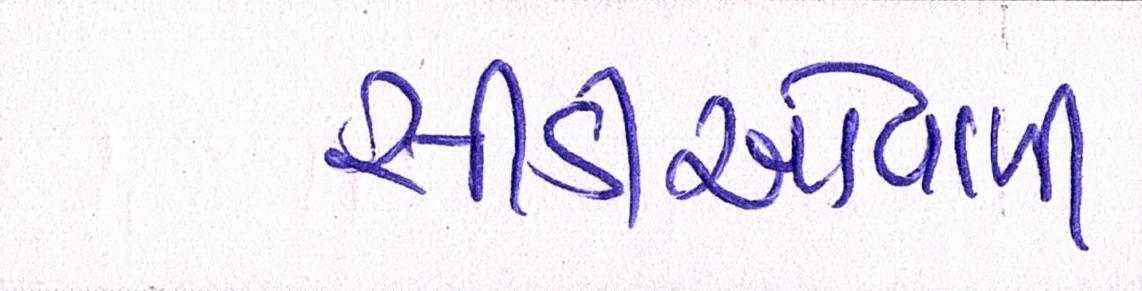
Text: સીડીઓવાળી